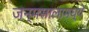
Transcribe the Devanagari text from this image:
जन्मसालामध्ये